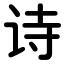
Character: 诗